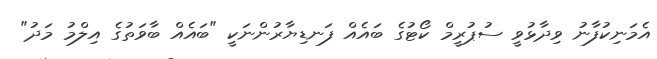
އެމަނިކުފާނު ވިދާޅުވީ ސުޕުރީމް ކޯޓުގެ ބައެއް ފަނޑިޔާރުންނަކީ "ބައެއް ބާވަތުގެ އިލްމު މަދު"